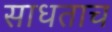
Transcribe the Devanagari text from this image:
साधताच